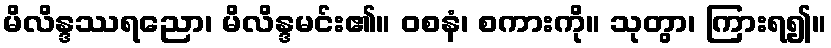
မိလိန္ဒဿရညော၊ မိလိန္ဒမင်း၏။ ဝစနံ၊ စကားကို။ သုတွာ၊ ကြားရ၍။